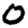
Digit: 0